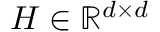
H \in \mathbb { R } ^ { d \times d }